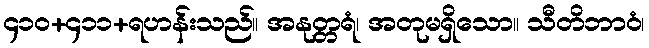
၄၁၀+၄၁၁+ရဟန်းသည်။ အနုတ္တရံ၊ အတုမရှိသော။ သီတိဘာဝံ၊